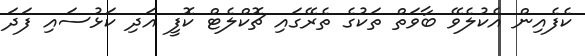
ކެފެއިން އެކުލެވޭ ބާވަތް ތަކުގެ ތެރޭގައި ޗޮކްލެޓް ކޮފީ އަދި ކަޅުސައި ފަދަ